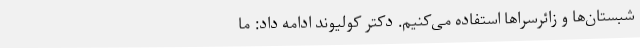
شبستان‌ها و زائرسراها استفاده می‌کنیم. دکتر کولیوند ادامه داد: ما